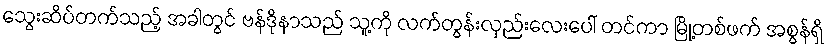
သွေးဆိပ်တက်သည့် အခါတွင် ဗန်ဒိုနာသည် သူ့ကို လက်တွန်းလှည်းလေးပေါ် တင်ကာ မြို့တစ်ဖက် အစွန်ရှိ